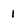
Character: 1